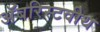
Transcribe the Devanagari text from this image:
अॅबरिस्टवीथ